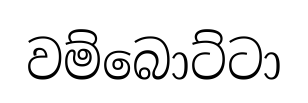
වම්බොට්ටා